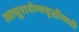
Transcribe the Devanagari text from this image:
आयुरारोग्यवृद्धीसाठी